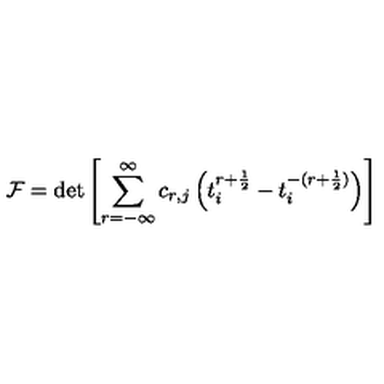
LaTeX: { \cal F } = \det \left[ \sum _ { r = - { \infty } } ^ { \infty } c _ { r , j } \left( t _ { i } ^ { r + \frac { 1 } { 2 } } - t _ { i } ^ { - ( r + \frac { 1 } { 2 } ) } \right) \right]